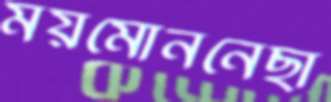
ময়মোননেছা